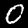
Label: 0